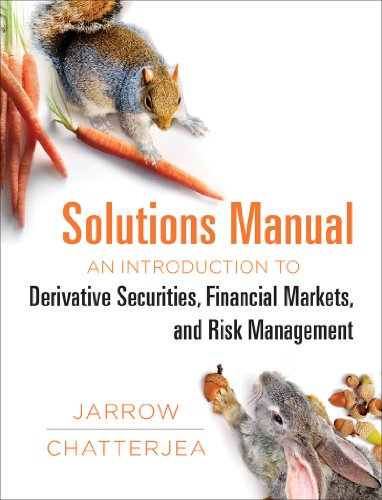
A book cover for Solutions Manual: for: An Introduction to Derivative Securities, Financial Markets, and Risk Management; Robert A. Jarrow; Business & Money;